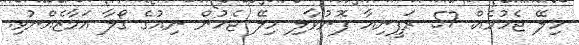
ހިލޭ ޖެހުމެއް. 57 ރަފީނިއާ ފޮނުވާލި ހިލޭ ޖެހުން ނިއުގެ ގޯލާ އަމާޒެއްނުވި.